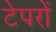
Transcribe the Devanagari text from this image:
टेपरों